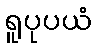
ရူပုပယံ